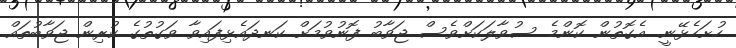
ހުށަހެޅޭނީ. އެގޮތުން ކޮންމެ ސުވާލަކަށްވެސް ޖަވާބު ފޮނުވުމަށް ކަނދައެޅިފައިވާ ވަގުތުގެ ކުރިން ޖަވާބުތައް